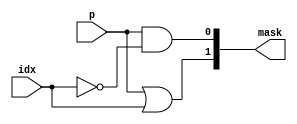
module INDECODER2STEP (
	input wire idx,
	input wire p,
	output wire[1:0] mask
	);

	assign mask[0] = p & !idx;
	assign mask[1] = p | idx;
endmodule


module INDECODER4STEP (
	input wire idx,
	input wire[1:0] p,
	output wire[3:0] mask
	);

	assign mask[0] = p[0] & !idx;
	assign mask[1] = p[1] & !idx;
	assign mask[2] = p[0] & idx;
	assign mask[3] = p[1] | idx;
endmodule


module INDECODER8STEP (
	input wire idx,
	input wire[3:0] p,
	output wire[7:0] mask
	);
	
	generate
		genvar i;
		for(i=0; i<4; i=i+1) assign mask[i] = p[i] & !idx;
		for(i=4; i<7; i=i+1) assign mask[i] = p[i-4] & idx;
		assign mask[7] = p[3] | idx;
	endgenerate

endmodule


module INDECODER8 (
	input wire[2:0] idx,
	output wire[7:0] mask
	);

	reg src = 1'b1;
	wire[1:0] p2b;
	INDECODER2STEP bit0(idx[0], src, p2b);
	wire[3:0] p4b;
	INDECODER4STEP bit1(idx[1], p2b, p4b);
	INDECODER8STEP bit2(idx[2], p4b, mask);
endmodule


// -------------------------------------------


module OUTDECODER2STEP (
	input wire idx,
	input wire p,
	output wire[1:0] mask
	);

	assign mask[0] = p | idx;
	assign mask[1] = p & idx;
endmodule


module OUTDECODER4STEP (
	input wire idx,
	input wire[1:0] p,
	output wire[3:0] mask
	);

	assign mask[0] = p[0] & !idx;
	assign mask[1] = p[1] | idx;
	assign mask[2] = p[0] & idx;
	assign mask[3] = p[1] & idx;
endmodule


module OUTDECODER8STEP (
	input wire idx,
	input wire[3:0] p,
	output wire[7:0] mask
	);

	generate
		genvar i;
		for(i=0; i<3; i=i+1) assign mask[i] = p[i] & !idx;
		assign mask[3] = p[3] | idx;
		for(i=4; i<8; i=i+1) assign mask[i] = p[i-4] & idx;
	endgenerate

endmodule


module OUTDECODER8 (
	input wire[2:0] idx,
	output wire[7:0] mask
	);

	reg gnd = 1'b0;	
	wire[1:0] p2b;
	OUTDECODER2STEP bit0(idx[0], gnd, p2b);
	wire[3:0] p4b;
	OUTDECODER4STEP bit1(idx[1], p2b, p4b);
	OUTDECODER8STEP bit2(idx[2], p4b, mask);
endmodule